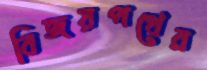
বিজয়পথের